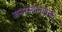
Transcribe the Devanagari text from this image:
जन्मस्थानावरुन